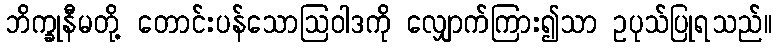
ဘိက္ခုနီမတို့ တောင်းပန်သောဩဝါဒကို လျှောက်ကြား၍သာ ဥပုသ်ပြုရသည်။